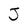
Character: J